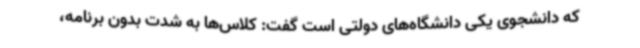
که دانشجوی یکی دانشگاه‌های دولتی است گفت: کلاس‌ها به شدت بدون برنامه،